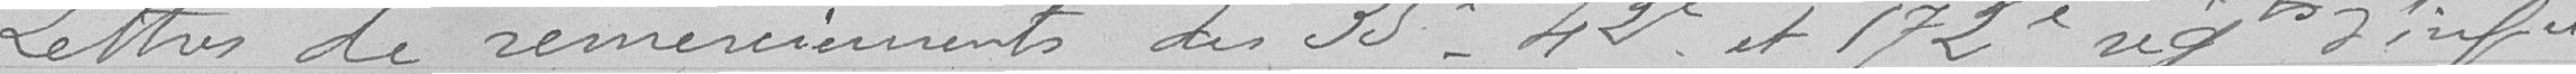
Lettres de remerciements des 35è, 42è et 172è régiments d'infanterie